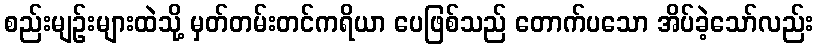
စည်းမျဉ်းများထဲသို့ မှတ်တမ်းတင်ကရိယာ ပေဖြစ်သည် တောက်ပသော အိပ်ခဲ့သော်လည်း